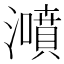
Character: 𤂫